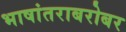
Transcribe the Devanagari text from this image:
भाषांतराबरोबर